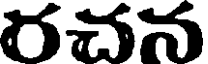
రచన